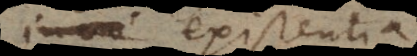
alia existentia